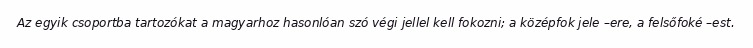
Az egyik csoportba tartozókat a magyarhoz hasonlóan szó végi jellel kell fokozni; a középfok jele –ere, a felsőfoké –est.